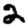
Digit: 2